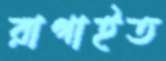
রাগাইত